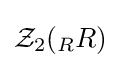
{\mathcal {Z}}_{2}(_{R}R)